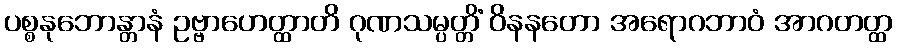
ပစ္စနုဘောန္တာနံ ဥဗ္ဗာဟေတ္ထာတိ ဂုဏသမ္ပတ္တိံ ဝိနနတော အရောဂဘာဝံ အာဂတတ္ထ